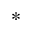
^ *